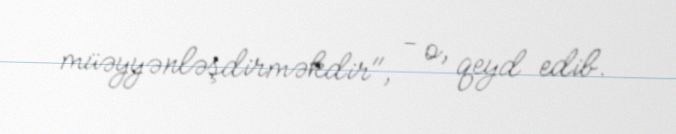
müəyyənləşdirməkdir", - o, qeyd edib.